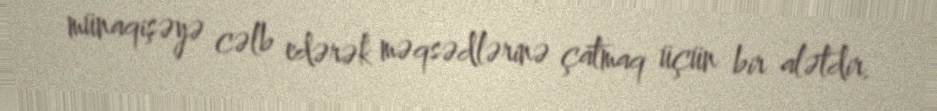
münaqişəyə cəlb edərək məqsədlərinə çatmaq üçün bir alətdir.